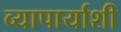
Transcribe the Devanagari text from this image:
व्यापार्याशी